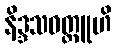
နိဒ္ဒသဝတ္ထူဟိ